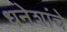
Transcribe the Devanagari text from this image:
धनेशांचे